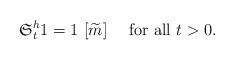
LaTeX: \begin{align*}\mathfrak{S}^{h}_{t}1=1\ [\widetilde{m}]\quad\mbox{ for all }t>0.\end{align*}